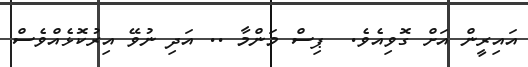
އައިރީން އަށް ގޮވިއެވެ.  ޕިސް މަންމާ .. އަދި ނުވޭ އިރުކޮޅެއްވެސް